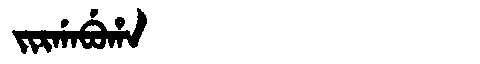
Manchu: ᠵᡳᡵᡤᠠᠪᡠᡥᠠ
Romanization: JIRGABUHA